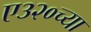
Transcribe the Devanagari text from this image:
ए३२०च्या